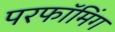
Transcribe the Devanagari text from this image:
परफॉमिंग